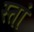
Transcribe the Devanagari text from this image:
स्तां